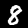
Label: 8